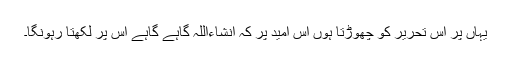
یہاں پر اس تحریر کو چھوڑتا ہوں اس امید پر کہ انشاءاللہ گاہے گاہے اس پر لکھتا رہونگا۔